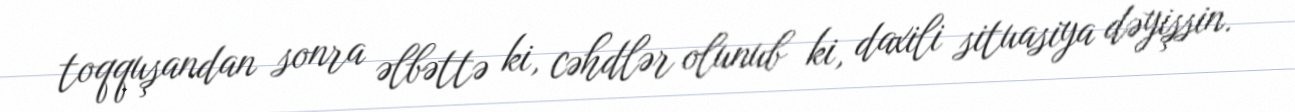
toqquşandan sonra əlbəttə ki, cəhdlər olunub ki, daxili situasiya dəyişsin.